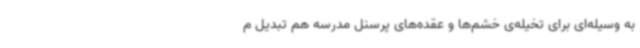
به وسیله‌ای برای تخیله‌ی خشم‌ها و عقده‌های پرسنل مدرسه هم تبدیل م